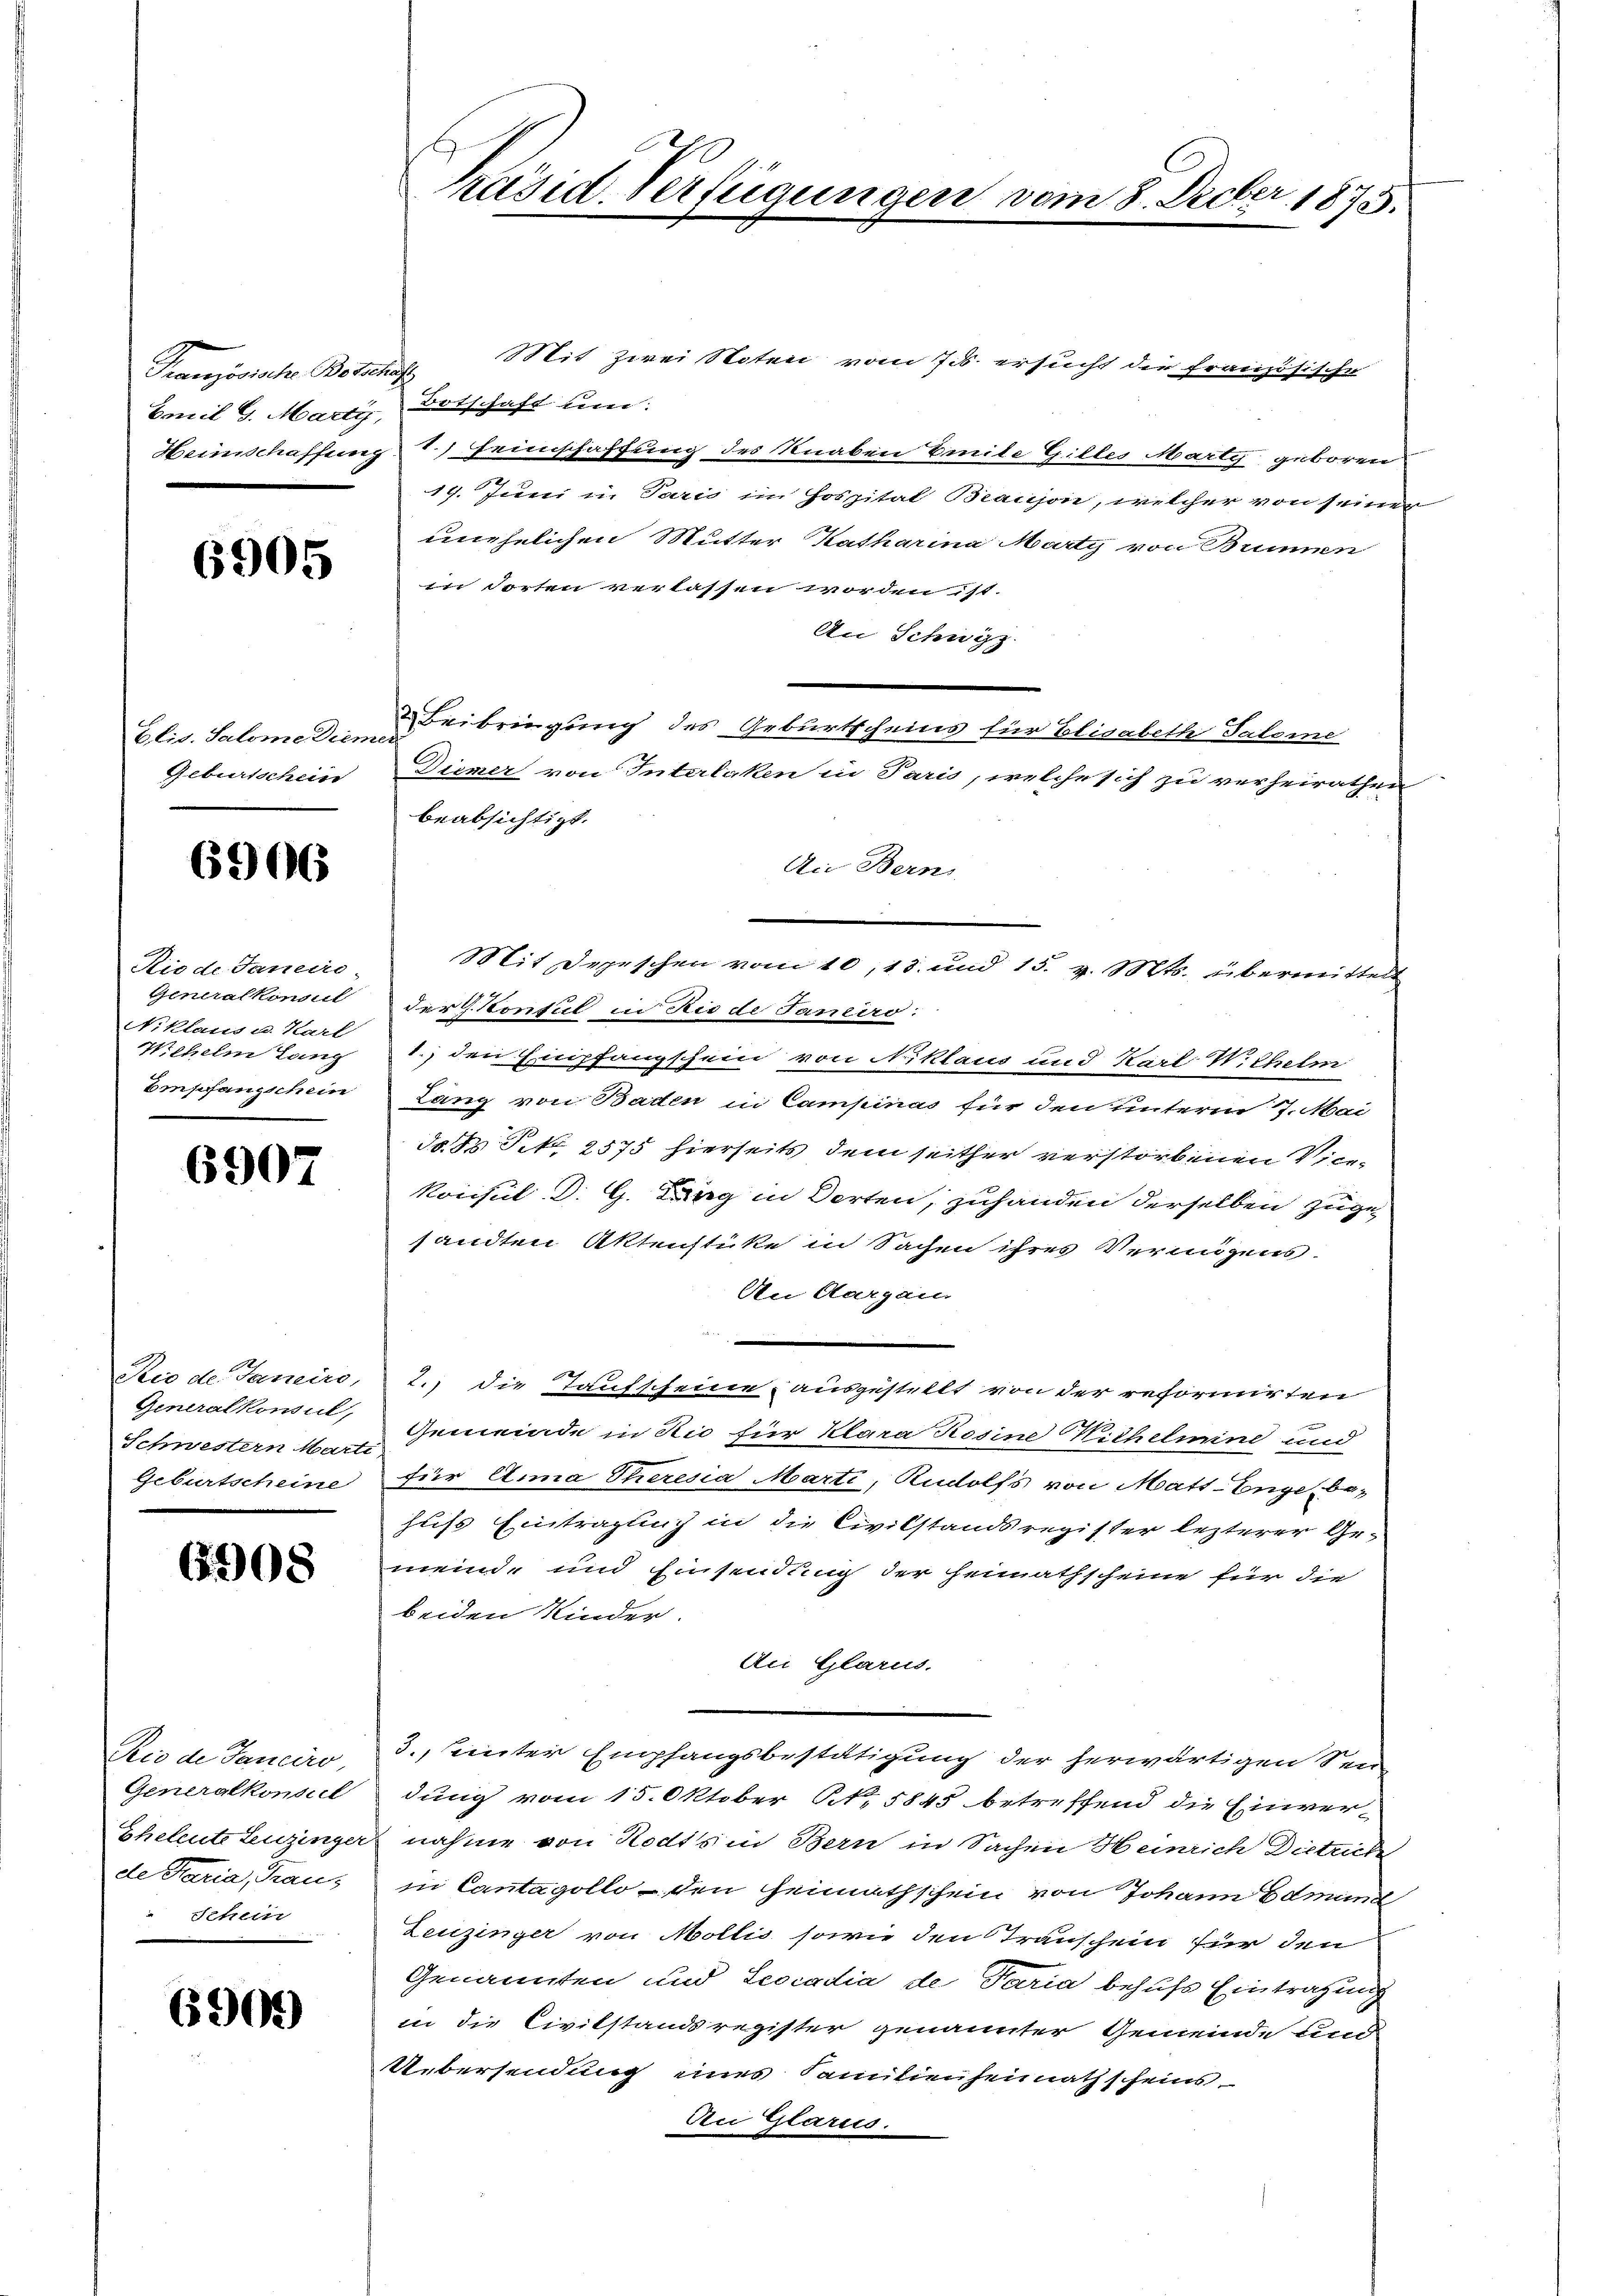
Französische Botschaf

6905

Geburtschein

6906

Rio de Janeris
Niklaus u. Karl
Wehelm Lang
Empfangschein

6907

Generalkonsul,
Geburtscheine

6908

Rio de Tanciro,
Generalkonseil
Eheleute Leuzinger
de Maria, Trauz
Schein

6909)

Mit zwei Noten vom Jes. ersucht die französische
Emil G. Marti, Botschaft um:
Heimschaffung einschaffung des Knaben Emite Gilles Marty geboren
19. Juni in Paris im Hospital Beaujon, welcher von seiner
unehelichen Mutter Katharina Marty von Brunnen
in Torten verlassen worden ist.
An Schwyz
Elis. Salome die Beibringung des Geburtscheins für Elisabeth Saleme
Diemer von Interlaken in Paris, welche sich zu verheirathen
beabsichtigt.
An Bern
M. erschen vom 10. 19 ten 18. d. M. das man den
Generalkonseit der Konsul in Rio de Janeiro:
1.) den Empfangschein von Niklaus und Karl Wilhelm
Lang von Baden in Campinas für den unterm 7. Mai
do. 1. Petr. 2575 hierseits dem seither verstorbenen Vice¬
Konsul d. G. Lang in dorten, zuhanden derselben zugesandten Aktenstüke in Sachen ihres Verungens-
An Aargau
Sico de. Janeiro, 2.) die Taufscheine ausgestellt von der reformirten
Schwestern Mann Gemeinde in Rio für Klara Rosine Wilhelmine und
für Anna Theresia Marti, Rudolfs von Matt-Enge be-
hus Einträglich in die Civilstandsregister lezterer Ge-
meind- und Einsendung der Heimathscheine für die
beiden Kinder.
An Glarus.
3. Seiter Empfangsbestätigung der herwärtigen Sen
dung vom 15. Oktober N. 5845 betreffend die Einver-
dnahme von Rodts in Bern in Sachen Heinrich Dietrich
in Cantagollo den Heimathschein von Johann Edmund
Leuzinger von Mollis sowie den Stranschein für den
Genannten und Scocadia de Taria behufs Eintragung
in die Civilstandsregister genannter Gemeinde und
Uebersendung eines Familienheimathscheins
An Glarus.

Präsid. Verfügungen vom 8. Decber 1875.